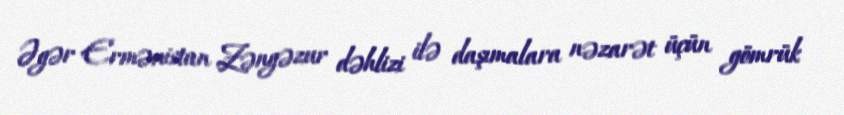
Əgər Ermənistan Zəngəzur dəhlizi ilə daşımalara nəzarət üçün gömrük